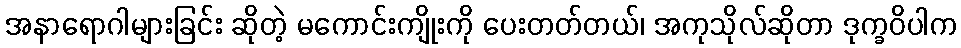
အနာရောဂါများခြင်း ဆိုတဲ့ မကောင်းကျိုးကို ပေးတတ်တယ်၊ အကုသိုလ်ဆိုတာ ဒုက္ခဝိပါက